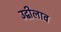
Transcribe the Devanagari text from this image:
उद्बीलाव